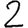
Digit: 2